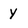
Character: Y